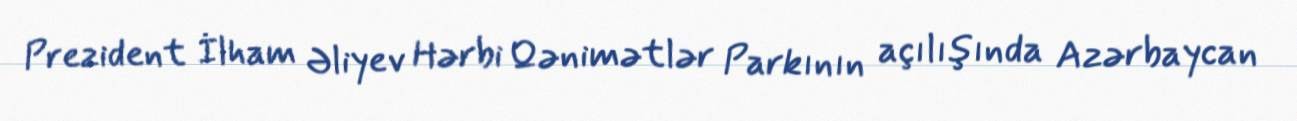
Prezident İlham Əliyev Hərbi Qənimətlər Parkının açılışında Azərbaycan